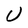
Character: U